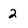
Character: 2